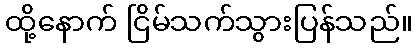
ထို့နောက် ငြိမ်သက်သွားပြန်သည်။